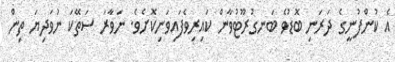
އެ ކުންފުނީގެ ދަރަނި ބޮޑުވެ ބަނގުރޫޓުވާން ކައިރިވެފައިވަނިކޮށެވެ. ނަވާރަ ސަތޭކަ ނުވަދިޔަ ތިން